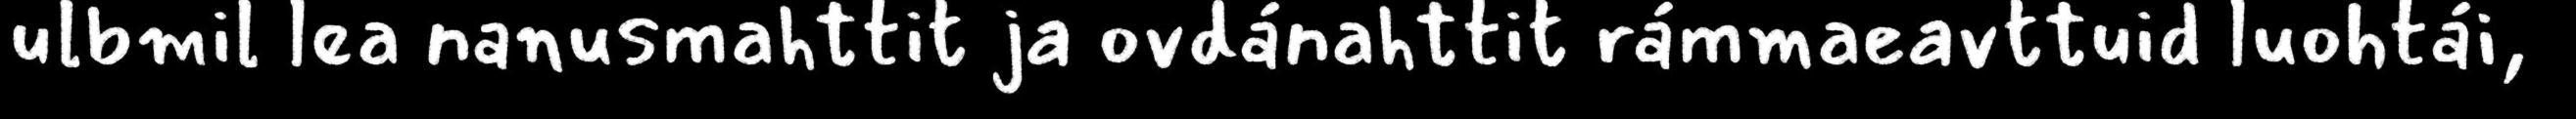
ulbmil lea nanusmahttit ja ovdánahttit rámmaeavttuid luohtái,